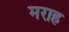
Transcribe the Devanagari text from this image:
मराह